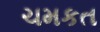
ચમકત